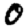
Digit: 0